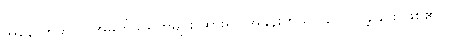
အနောက်ဘက် အမှိုက်သရိုက်များ ထားရာ အခန်းကိုသာ လောင်ခဲ့ခြင်း ဖြစ်၏ ။